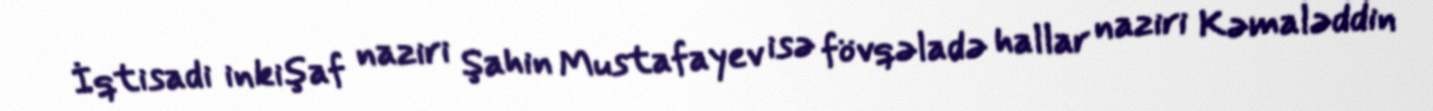
İqtisadi inkişaf naziri Şahin Mustafayev isə fövqəladə hallar naziri Kəmaləddin